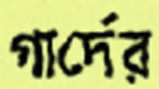
গার্দের